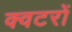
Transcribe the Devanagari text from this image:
क्वटरों